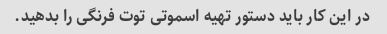
در این کار باید دستور تهیه اسموتی توت فرنگی را بدهید.